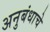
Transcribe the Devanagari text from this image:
अनुबंधाचे